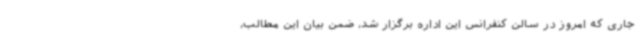
جاری که امروز در سالن کنفرانس این اداره برگزار شد، ضمن بیان این مطالب،